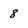
Character: 8